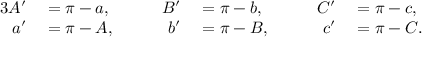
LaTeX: \begin{array} { r l r l r l } { { 3 } A ^ { \prime } } & { { } = \pi - a , } & { \qquad B ^ { \prime } } & { { } = \pi - b , } & { \qquad C ^ { \prime } } & { { } = \pi - c , } \\ { a ^ { \prime } } & { { } = \pi - A , } & { b ^ { \prime } } & { { } = \pi - B , } & { c ^ { \prime } } & { { } = \pi - C . } \end{array}